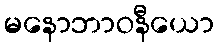
မနောဘာဝနီယော